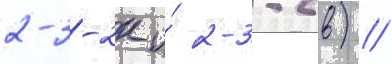
2-3-2к и́ 2-3-2в) //